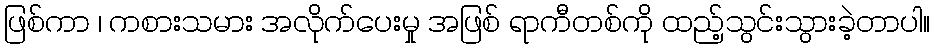
ဖြစ်ကာ ၊ ကစားသမား အလိုက်ပေးမှု အဖြစ် ရာကီတစ်ကို ထည့်သွင်းသွားခဲ့တာပါ။